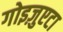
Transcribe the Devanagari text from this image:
गोइज़ुएटा